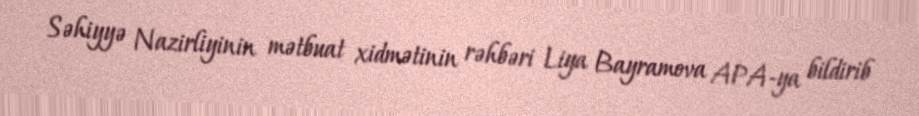
Səhiyyə Nazirliyinin mətbuat xidmətinin rəhbəri Liya Bayramova APA-ya bildirib